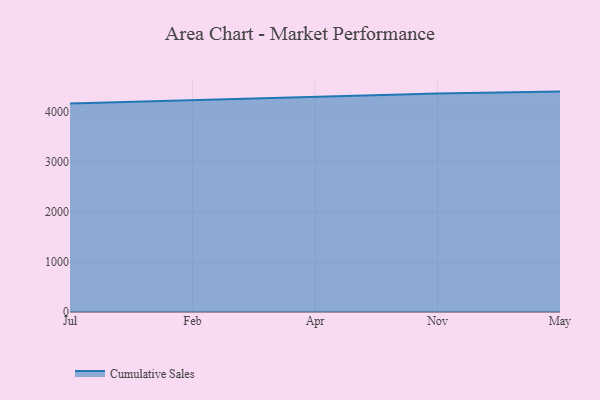
{"axis": {"x": "Month", "y": "Operating Costs (USD K)"}, "legend": ["Cumulative Sales"], "data": [{"x": "Jul", "y": 4171.4, "type": "Cumulative Sales"}, {"x": "Feb", "y": 4234.4, "type": "Cumulative Sales"}, {"x": "Apr", "y": 4302.6, "type": "Cumulative Sales"}, {"x": "Nov", "y": 4368.4, "type": "Cumulative Sales"}, {"x": "May", "y": 4408.9, "type": "Cumulative Sales"}]}